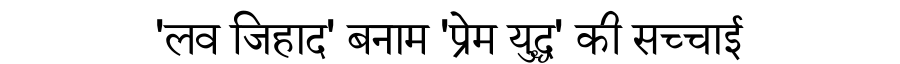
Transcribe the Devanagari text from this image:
'लव जिहाद' बनाम 'प्रेम युद्ध' की सच्चाई